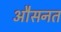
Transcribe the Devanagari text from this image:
औसनत